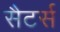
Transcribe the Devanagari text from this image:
सैटर्स